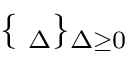
\{ { \bf \Phi } _ { \Delta } \} _ { \Delta \ge 0 }